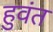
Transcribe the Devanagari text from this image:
हुवंत